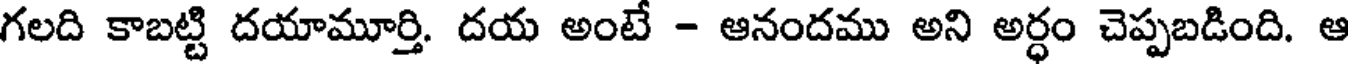
గలది కాబట్టి దయామూర్తి. దయ అంటే - ఆనందము అని అర్ధం చెప్పబడింది. ఆ